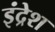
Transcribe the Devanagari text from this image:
इंद्रेश